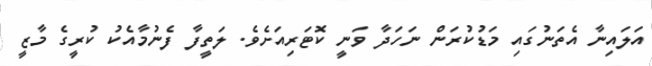
އަލައިނާ އެތަނުގައި މަޑުކުރަން ނަހަދާ ވަނީ ކޮޓަރިއަށެވެ. ލަތީފާ ފެނުމާއެކު ކުރީގެ މާޒީ